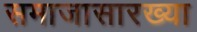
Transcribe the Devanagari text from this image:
समाजासारख्या